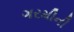
ગરમીની